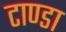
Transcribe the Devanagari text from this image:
टाण्‍डा